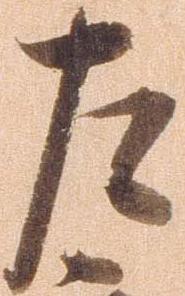
左